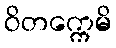
ဝိတက္ကေမိ